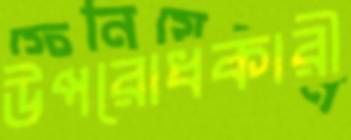
উপরোধকারী